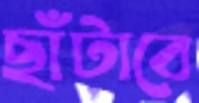
ছাঁটাবে